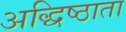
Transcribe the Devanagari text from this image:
अद्धिष्ठाता